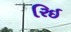
રિઇ